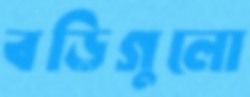
বড়িগুলো